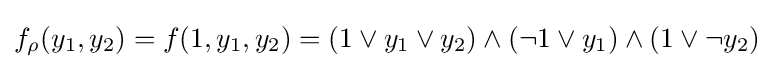
f_{\rho }(y_{1},y_{2})=f(1,y_{1},y_{2})=(1\lor y_{1}\lor y_{2})\land (\lnot 1\lor y_{1})\land (1\lor \lnot y_{2})